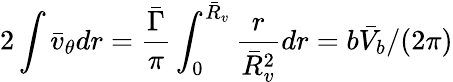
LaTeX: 2\int\bar{v}_{\theta}dr=\frac{\bar{\Gamma}}{\pi}\int_{0}^{\bar{R}_{v}}\frac{r}{\bar{R}_{v}^{2}}dr={b\bar{V}_{b}}/({2\pi})